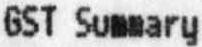
GST SUMMARY